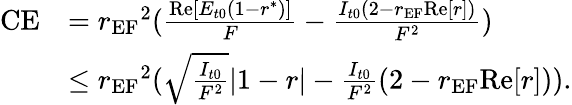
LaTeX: \begin{array}{rl}{\textrm{CE}}&{={r_{\textrm{EF}}}^{2}(\frac{\textrm{Re}[E_{t0}(1-r^{*})]}{F}-\frac{I_{t0}(2-r_{\textrm{EF}}\textrm{Re}[r])}{F^{2}})}\\ &{\leq{r_{\textrm{EF}}}^{2}(\sqrt{\frac{I_{t0}}{F^{2}}}|1-r|-\frac{I_{t0}}{F^{2}}(2-r_{\textrm{EF}}\textrm{Re}[r])).}\end{array}